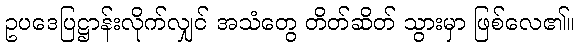
ဥပဒေပြဋ္ဌာန်းလိုက်လျှင် အသံတွေ တိတ်ဆိတ် သွားမှာ ဖြစ်လေ၏။